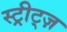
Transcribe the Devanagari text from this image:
स्ट्रीट्ज़